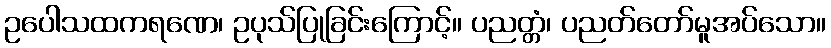
ဥပေါသထကရဏေ၊ ဥပုသ်ပြုခြင်းကြောင့်။ ပညတ္တံ၊ ပညတ်တော်မူအပ်သော။